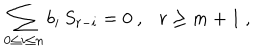
LaTeX: \sum _ { 0 \le i \le n } b _ { i } \, S _ { r - i } = 0 \ , \ \ \ r \ge m + 1 \ ,